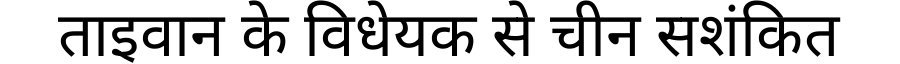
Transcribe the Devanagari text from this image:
ताइवान के विधेयक से चीन सशंकित